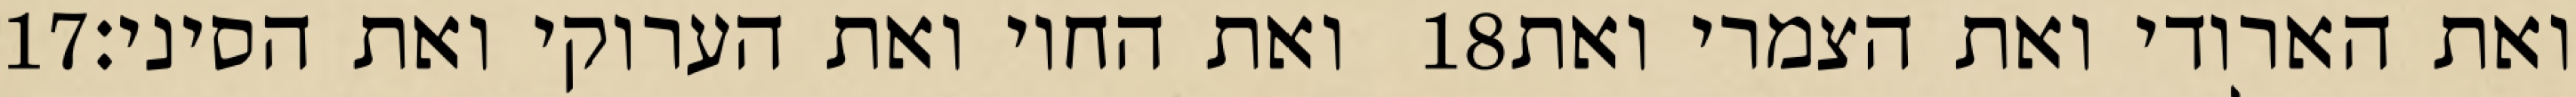
‎17‏ ואת החוי ואת הערוקי ואת הסיני׃ ‎18‏ ואת הארודי ואת הצמרי ואת